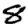
Digit: 8